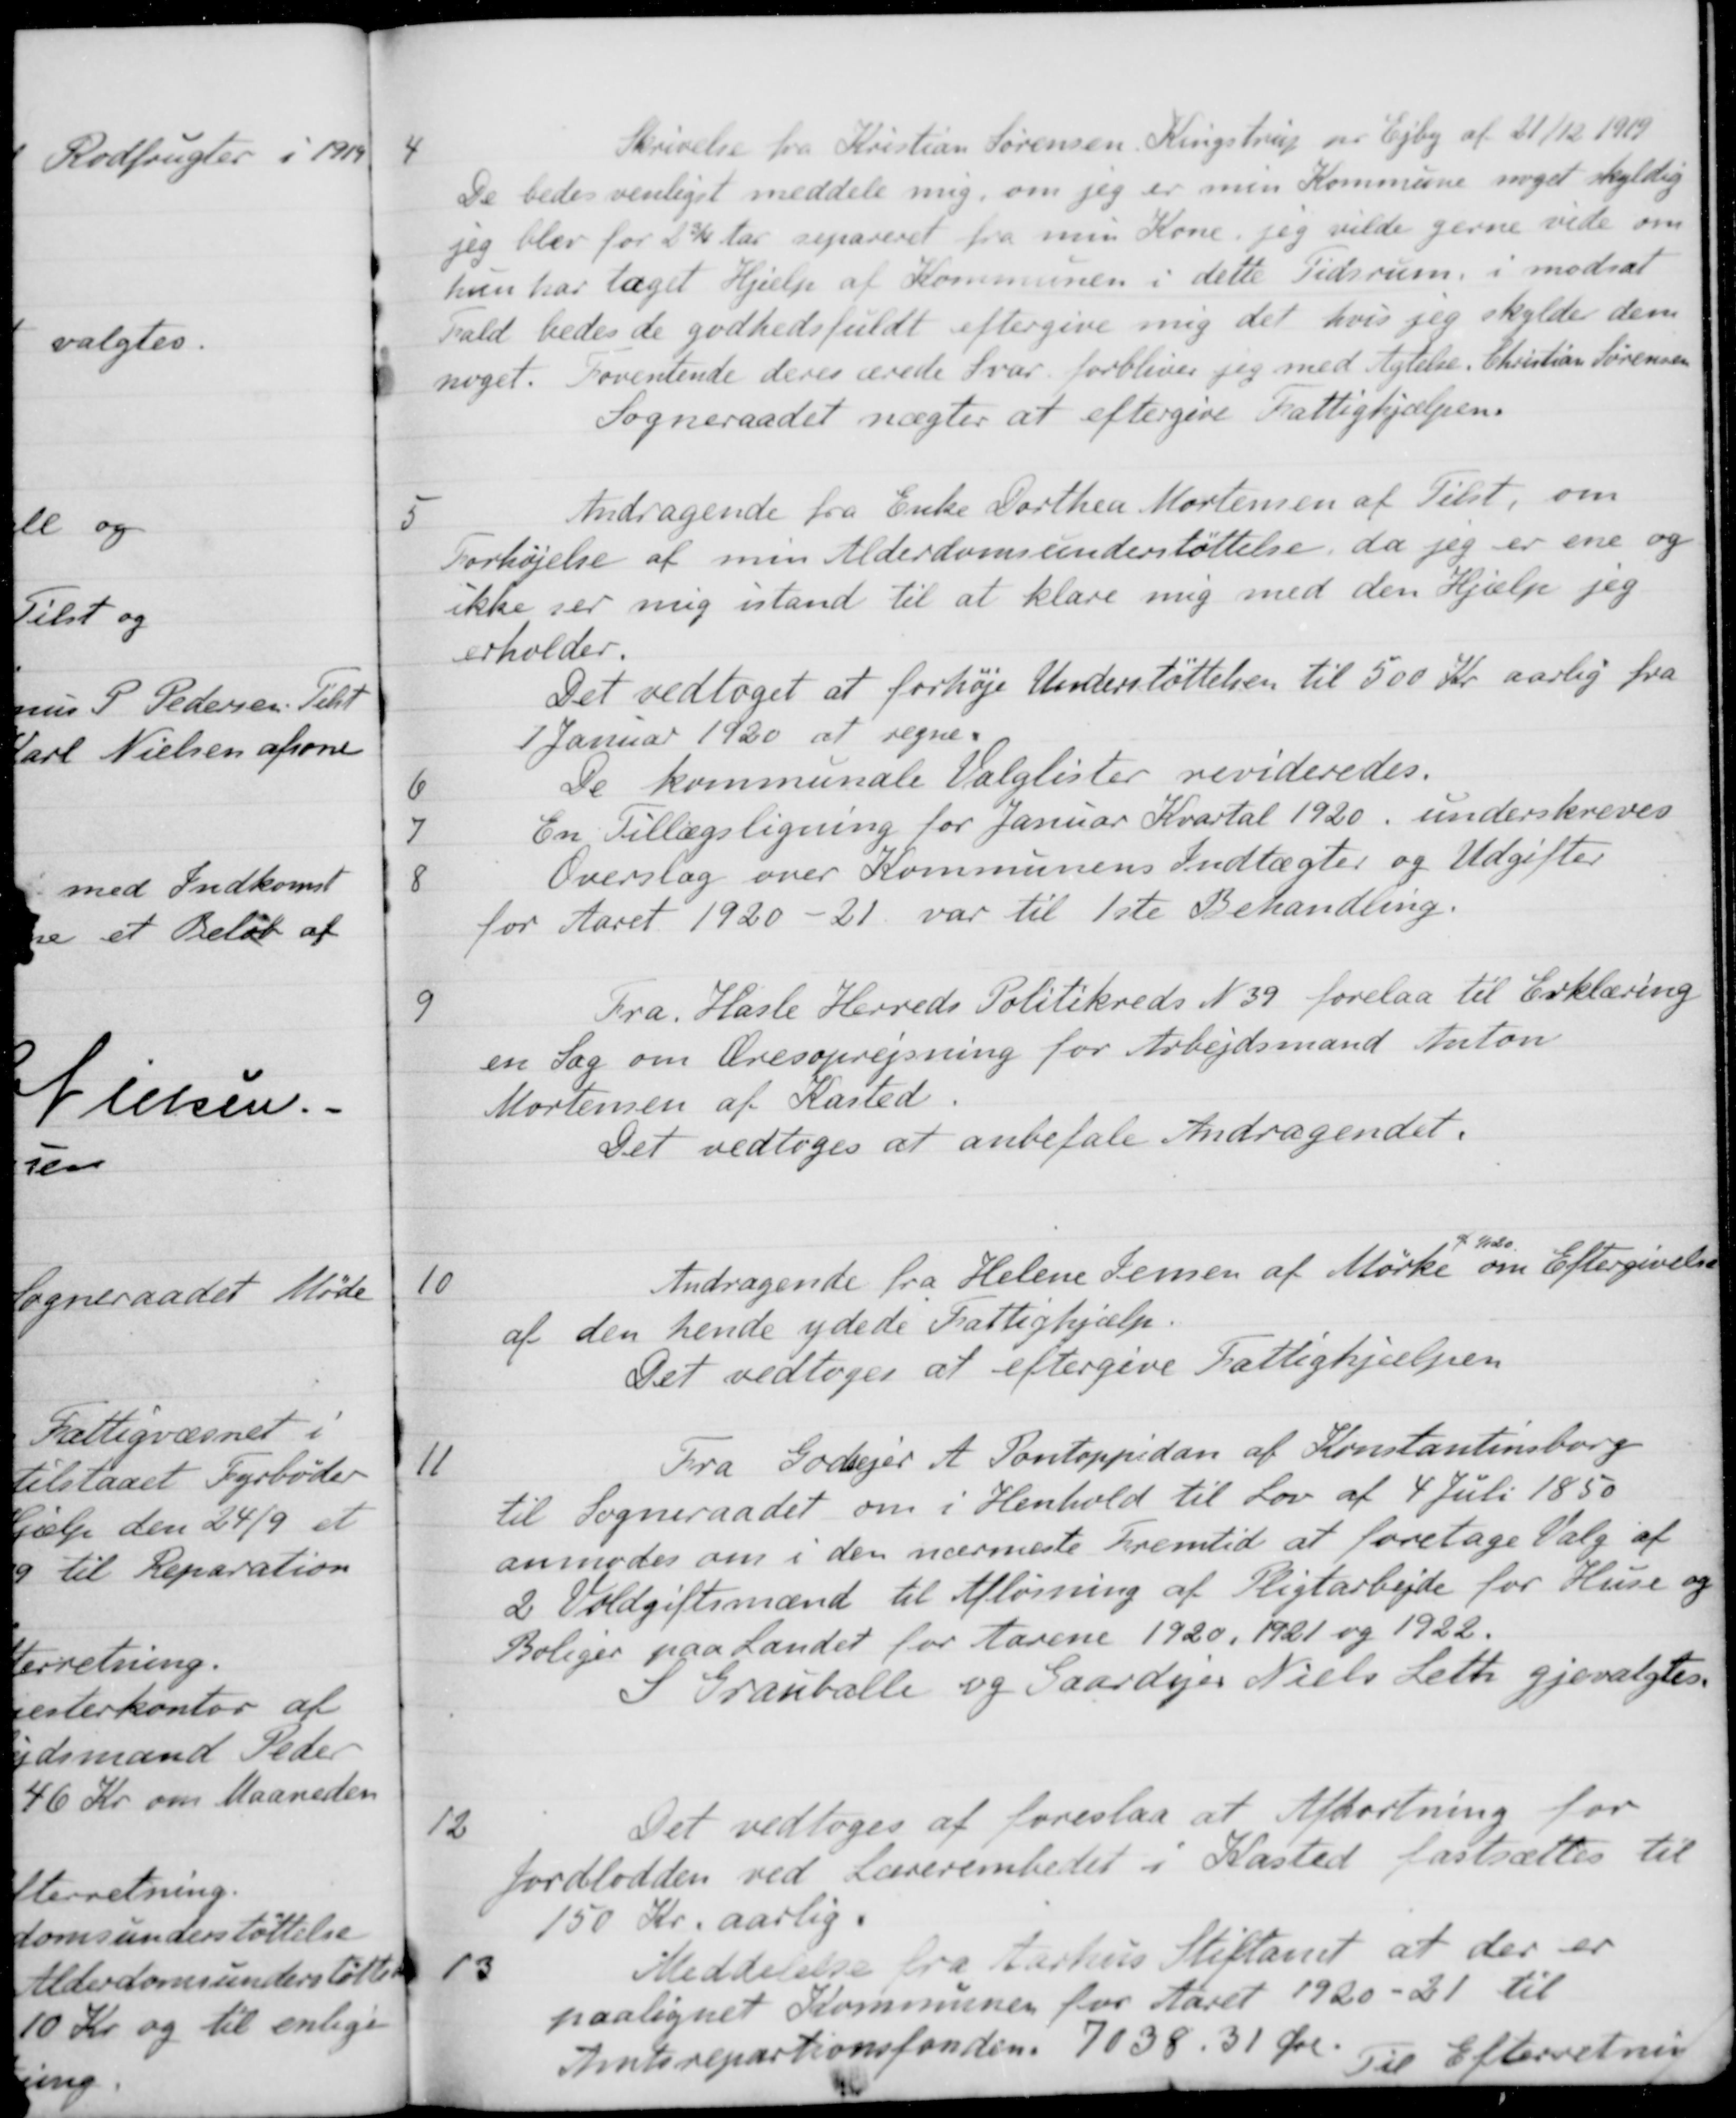
Transskription:
4
Skrivelse fra Kristian Sørensen Kingstrup var Ejby af 21/12 1919
De bedes venliget meddele mig, om jeg er min Kommune noget skyldig
jeg blev for 2 3/4 Aar separeret fra min Kone, jeg vilde gerne vide om
hun har taget Hjælp af Kommunen i dette Tidsrum, i modsat
Fald bedes de godhedsfuldt eftergive mig det hvis jeg skylder dem
noget. Forventende deres ærede Svar forbliver jeg med Agtelse. Christian Sørensen
Sogneraadet nægter at eftergive Fattighjælpen.
5
Andragende fra Enke Dorthea Mortensen af Tilst, om
Forhøjelse af min Alderdomsunderstøttelse, da jeg er ene og
ikke ser mig istand til at klare mig med den Hjælp jeg
erholder.
Det vedtaget at forhøje Understøttelsen til 500 Kr aarlig fra
1 Januar 1920 at regne.
6
De kommunale Valglister revideredes.
7
En Tillægsligning for Januar Kvartal 1920, underskreves
8
Overslag over Kommunens Indtægter og Udgifter
for Aaret 1920-21 var til 1ste Behandling.
9
Fra Hasle Herreds Politikreds N 39 forelaa til Erklæring
en Sag om Æresoprejsning for Arbejdsmand Anton
Mortensen af Kasted.
Det vedtoges at anbefale Andragendet.
10
Andragende fra Helene Jensen af Mørke
af 1/1 1920
om Eftergivelse
af den hende ydede Fattighjælp.
Det vedtoges at eftergive Fattighjælpen
11
Fra Godsejer A. Pontoppidan af Konstantinsborg
til Sogneraadet om i Henhold til Lov af 4 Juli 1850
anmodes om i den nærmeste Fremtid at foretage Valg af
2 Voldgiftsmænd til Afløsning af Pligtarbejde for Huse og
Boliger paa Landet for Aarene 1920, 1921 og 1922.
S Grauballe og Gaardejer Niels Leth gjenvalgtes.
12
Det vedtoges at foreslaa at Afkortning for
Jordlodden ved Lærerembedet i Kasted fastsættes til
150 Kr. aarlig.
13
Meddelelse fra Aarhus Stiftamt at der er
paalignet Kommunen for Aaret 1920-21 til
Amtsrepartionsfonden 7038,31 Øre.
Til Efterretning